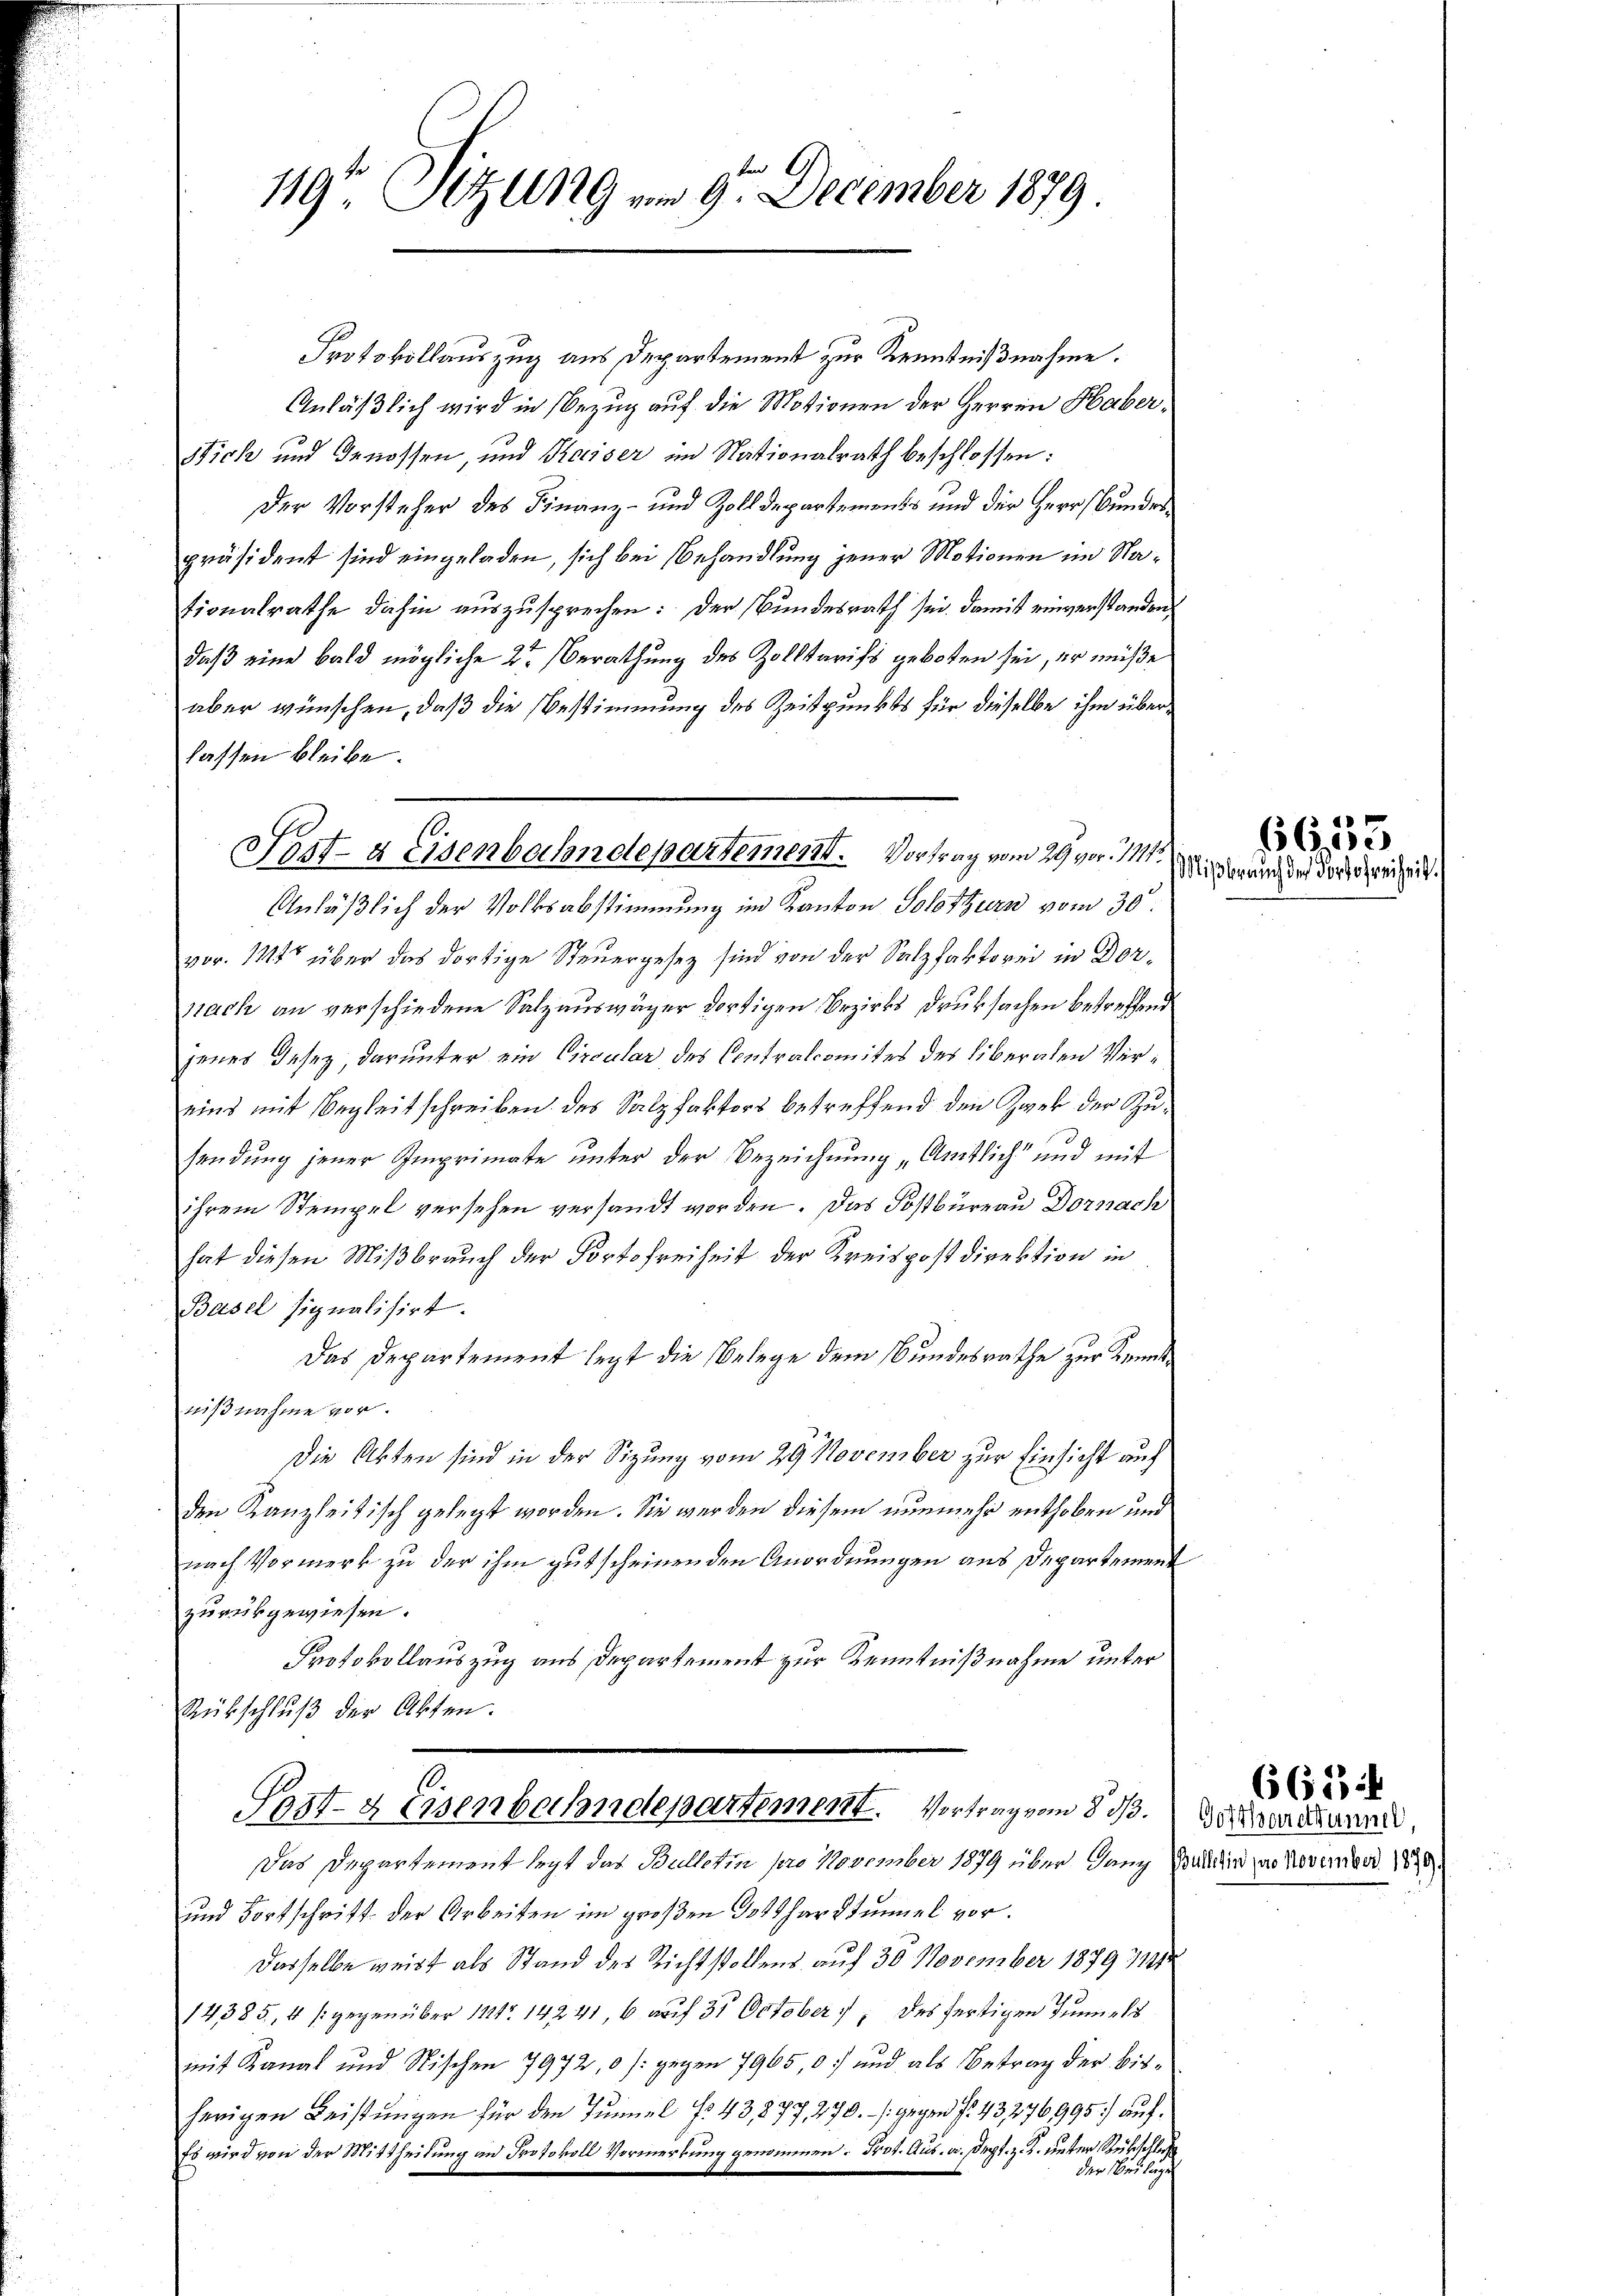
119te Sitzung am 9. December 1879.

Sert- & Eisenbahndepartement. Vortrag vom 29 vor 1111.
Anläßlich der Volksabstimmung im Kanton Solothurn vom 30.

vor. 111 über das dortige Steuergesez sind von der Salzfaktorei in Dornach an verschiedene Salzauswäger dortigen Bezirks Druksachen betreffend
jenes Gesez, darunter ein Circular des Contralcomites des liberalen Vereins mit Begleitschreiben des Salzfaktors betreffend den Zwek der Zusendung jener Imprimate unter der Bezeichnung „Amtlich und mit
ihrem Stempel versehen versandt worden. Das Postbüreau Dornach
hat diesen Mißbrauch der Portofreiheit der Kreispostdirektion in
Basel signalisirt.
Das Departement legt die Belege dem Bundesrathe zur Kenntnißnahme vor.
Die Akten sind in der Sizung vom 29 November zur Einsicht auf
den Kanzleitisch gelegt worden. Sie werden diesem nunmehr enthoben und
nach Vormerk zu der ihm gut scheinenden Anordnungen aus Departement
zurückgewiesen.
Protokollauszug aus Departement zur Kenntnißnahme unter
Rübschlŭβ der Akten.
10.
Sezt- & Eisenbahndepartement. Vortragen § 3. Marmenauern,
Das Departement legt das Bulletin pro November 1879 über Ganz Brandin zur November 1890
und Fortschrift der Arbeiten im großen 331 har Stummel vor.
Dasselbe weist als Stand des Richtstollens auf 30 November 1879 71912
14385, 4 gegenüber 112. 14241, 6 auf 31 October), des fertigen Tunnels
mit Kanal und Nischen 7972, 0 /: gegen 7965, 0. und als Betrag der bisherigen Leistungen für den Tunnel No 43,877, 470./ gegen No 43276995) auch
Es wird von der Mittheilung an Protokoll Vormerkung genommen: Prot. Aus. a. Dept. z. K. unter Rübschlie
der Beilagen

Protokollauszug aus Departement zur Kenntnißnahme.
Anläßlich wird in Bezug auf die Motionen der Herren Haber¬
Stich und Genossen, und Kaiser im Nationalrath beschlossen:
Der Vorsteher des Finanz- und Zolldepartements und der Herr Bundespräsident sind eingeladen, sich bei Behandlung jener Motionen im Nationalrathe dahin auszusprechen: Der Bundesrath sei, damit einverstanden
daß eine bald mögliche 2. Berathung des Zolltarifs geboten sei, er müße
aber wünschen, daß die Bestimmung des Zeitpunkts für dieselbe ihm überlassen bleibe.

6653
Mißbrauch der dortofreiheit

662 f